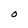
Character: O